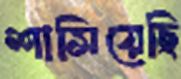
শাসিয়েছি